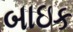
બાઇક